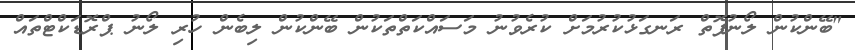
"ބޭންކުން ލޯނުފޮތް ރަނގަޅުކުރުމަށް ކުރެވުނު މަސައްކަތްތަކުން ބޭންކުން ލިބެން ހުރި ލޯނު ޕްރޮޑަކްޓްތައް